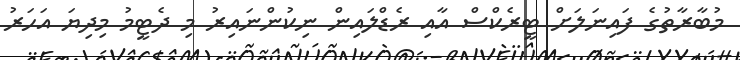
މުބާރާތުގެ ފައިނަލަށް ޓީރެކްސް އާއި ރެޑްލައިން ނިކުންނައިރު މި ދެޓީމު މިދިޔަ އަހަރު